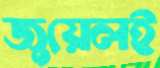
জুয়েলই